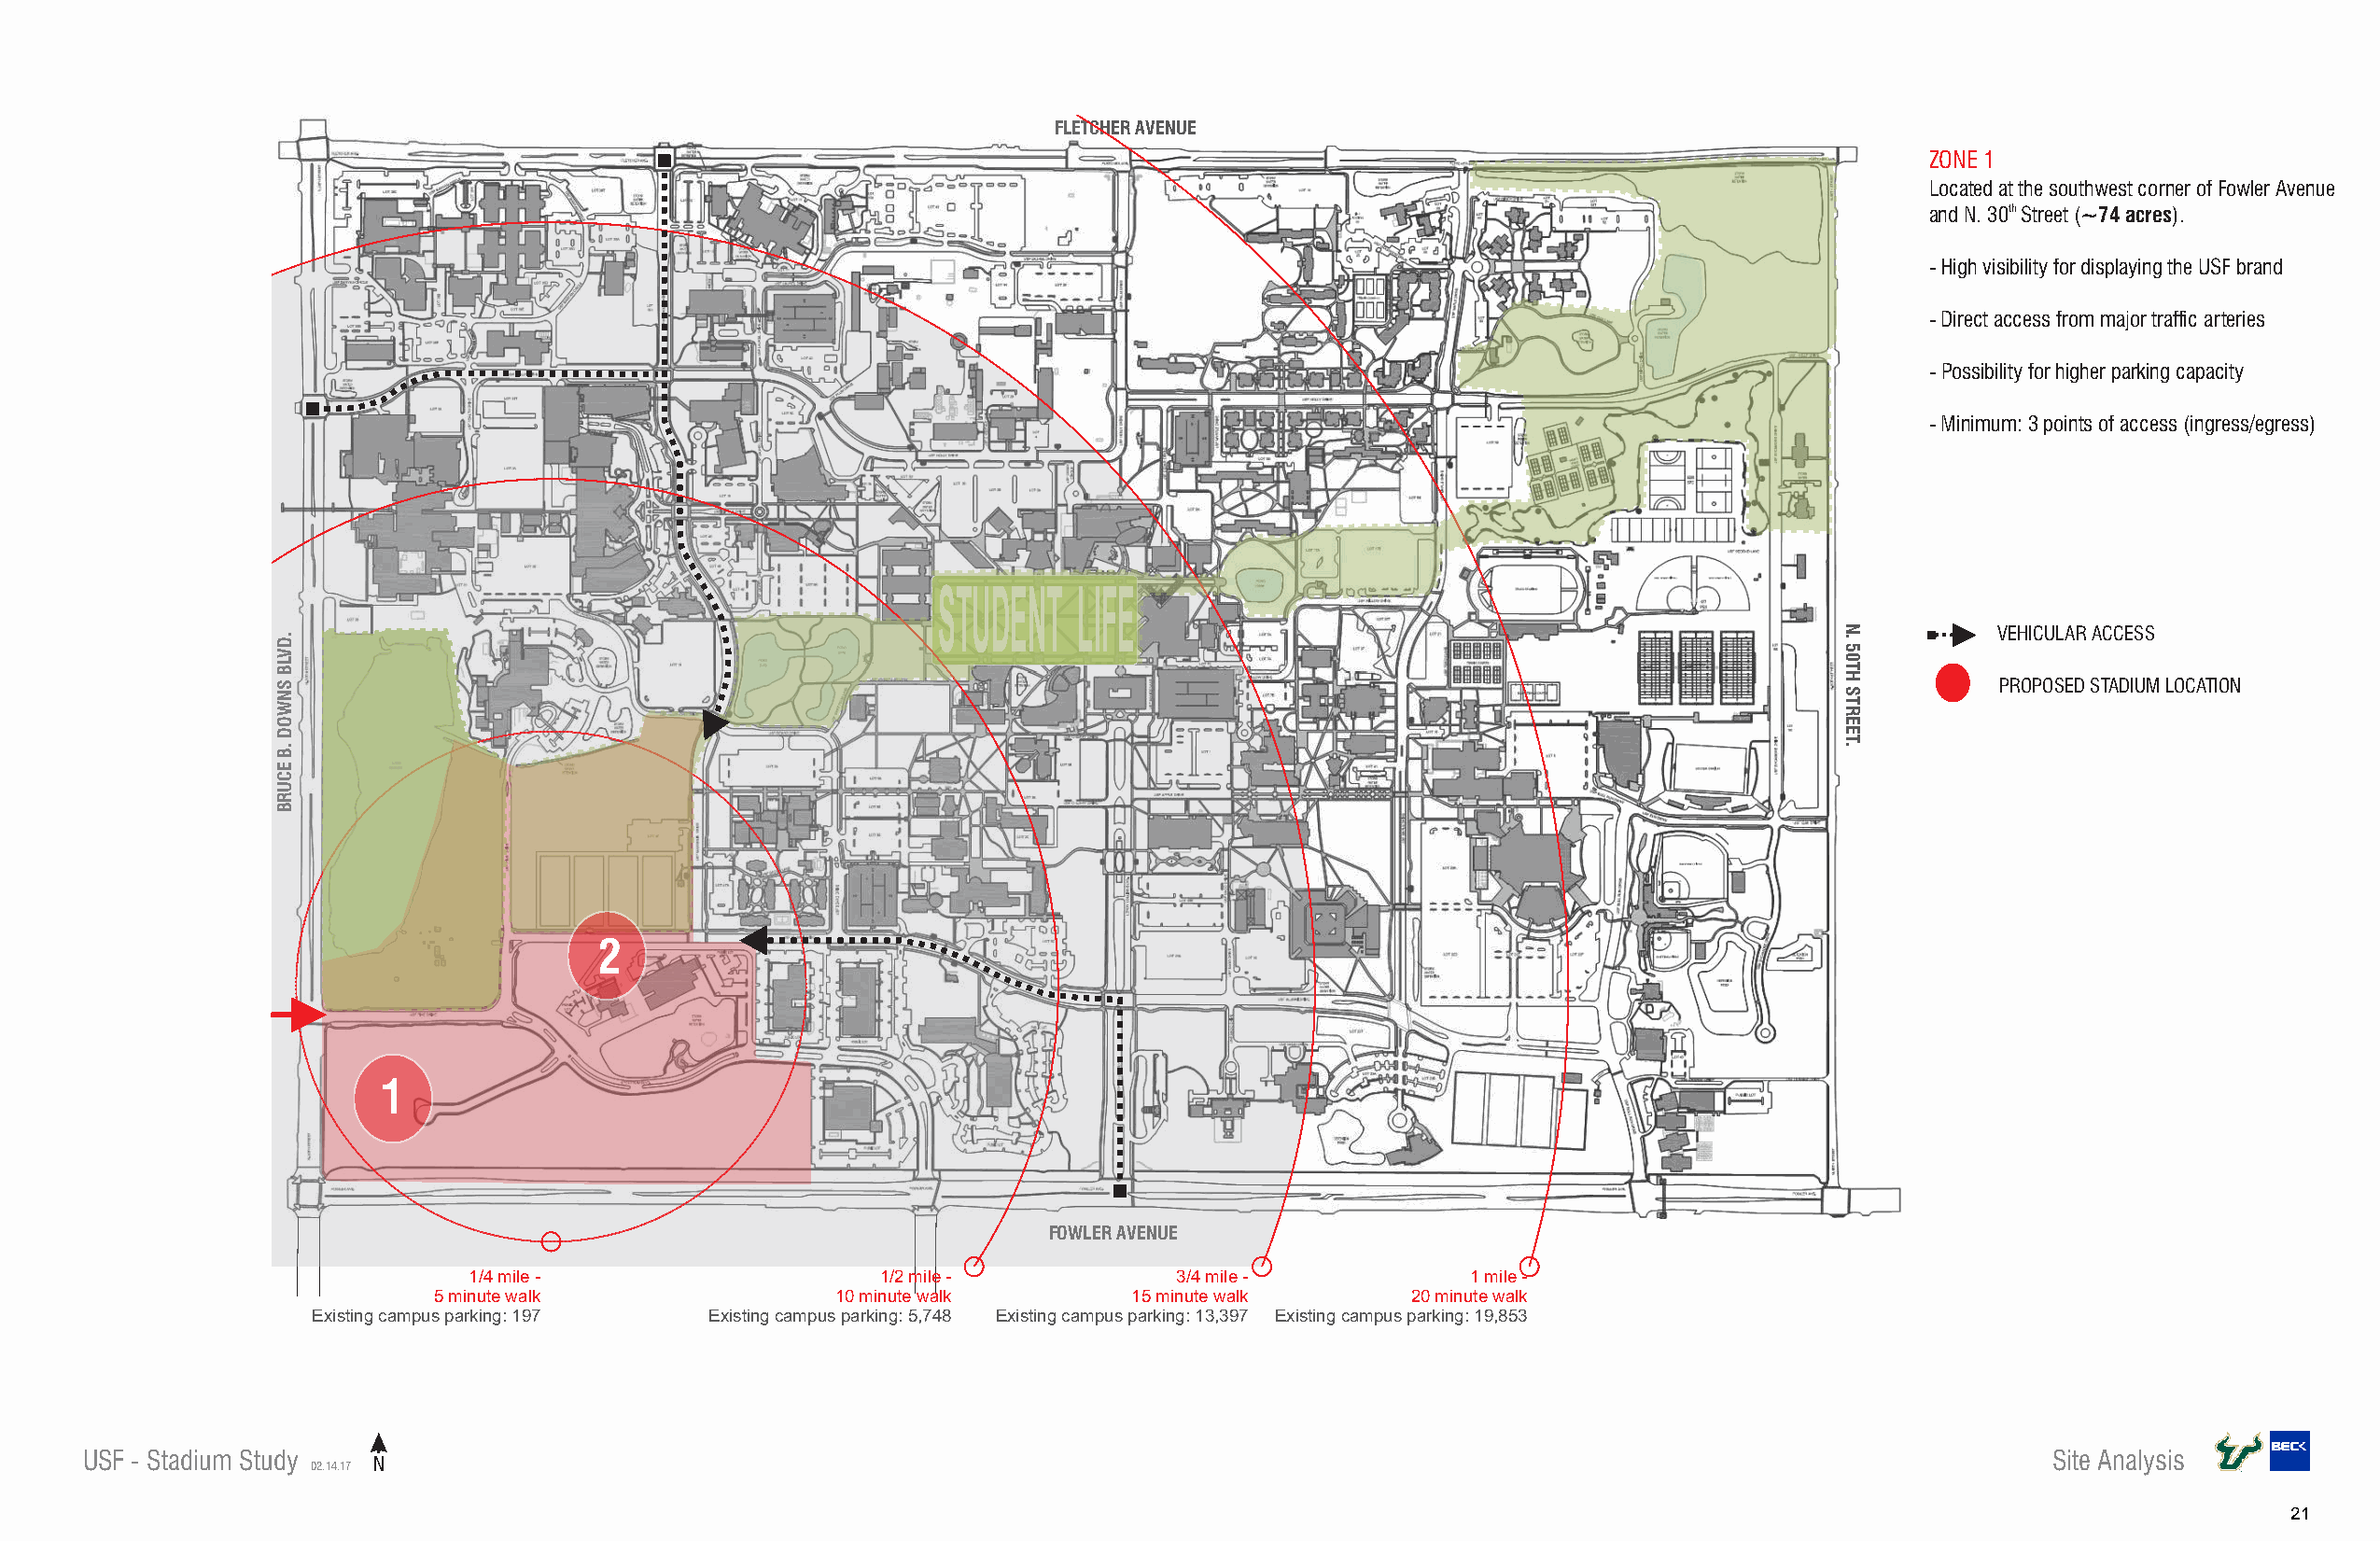
FLETCHER AVENUE
 ZONE 1
 Located at the southwest corner of Fowler Avenue
 and N. 30th Street (~74 acres).
 - High visibility for displaying the USF brand
 - Direct access from major traffic arteries
 - Possibility for higher parking capacity
 - Minimum: 3 points of access (ingress/egress)
 STUDENT  LIFE
 VEHICULAR ACCESS
 PROPOSED STADIUM LOCATION
 2
 1
 FOWLER AVENUE
 1/4 mile -                   1/2 mile -           3/4 mile -           1 mile -
 5 minute walk               10 minute walk       15 minute walk      20 minute walk
 Existing campus parking: 197 Existing campus parking: 5,748 Existing campus parking: 13,397 Existing campus parking: 19,853
 USF - Stadium Study                                                                                                                         Site Analysis
 02.14.17 N
 21
 .DVLB
 SNWOD
 .B
 ECURB
 N.
 50TH
 STREET.